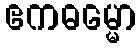
ဧကဓမ္မော